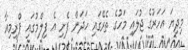
މިދިޔަ އަހަރުގެ ޖުލައި މަހުގެ ތެރޭގައި ހަދަން ފެށި އެ ފިލްމުގައި ޕްރިމިއާ